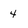
Character: 4